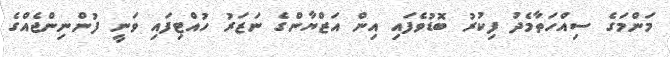
މަންމަގެ ސިއްހަތާމެދު ފިކުރު ބޮޑުވެފައި އިން އަޒްޔާންގެ ނަޒަރު ހުއްޓިފައި ވަނީ ފުންނިންޖެއްގެ